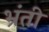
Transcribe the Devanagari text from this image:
भ्रंती